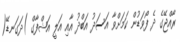
ރާއްޖޭގެ ދެ ފޯވަޑުން ކަމަށްވާ އަސަދު އަބްދު އާއި އަލީ އަޝްފާގް )ދަގަނޑޭ(